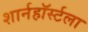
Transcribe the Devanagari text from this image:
शार्नहॉर्स्टला